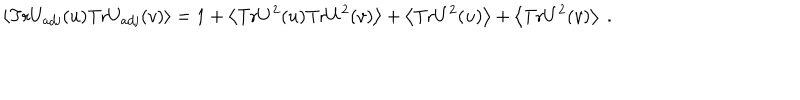
\left< \mathrm { T r } U _ { \mathrm { a d j } } ( u ) \mathrm { T r } U _ { \mathrm { a d j } } ( v ) \right> = 1 + \left< \mathrm { T r } U ^ { 2 } ( u ) \mathrm { T r } U ^ { 2 } ( v ) \right> + \left< \mathrm { T r } U ^ { 2 } ( u ) \right> + \left< \mathrm { T r } U ^ { 2 } ( v ) \right> \ .